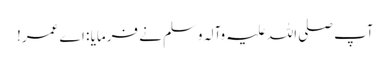
آپ صلی اللہ علیہ وآلہ وسلم نے فرمایا : اے عمر!